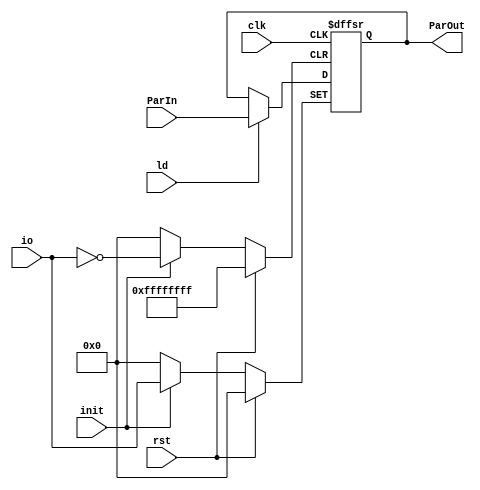
module register32_v2 (input clk,rst,init,ld,input[31:0] ParIn,input[31:0] io,output reg[31:0] ParOut);
	always @(posedge clk,posedge rst,posedge init)begin
		if(rst)
			ParOut<=32'b0;
		else 
			if(init)
				ParOut<= io;
			else
				ParOut<= (ld) ? ParIn : ParOut;
	end
endmodule